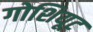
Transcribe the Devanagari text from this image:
गोशियूट